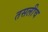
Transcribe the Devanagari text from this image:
तसलीच